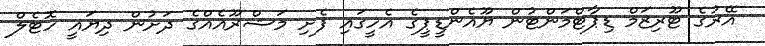
އޭރުގެ ޓޫރިޒަމް ޑިޕާޓްމަންޓުން ޔޫއެންޑީޕީގެ އެހީގައި ފެށި މަޝްރޫއެއްގެ ދަށުން ދިޔައީ ހޮޓެލް